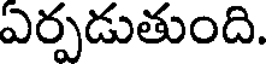
ఎర్పడుతుంది.